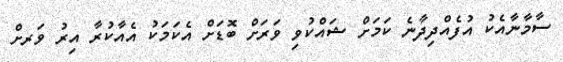
ސާމާނާއެކު އުފެއްދިދާނެ ކަމަށް ޝައްކުވި ވަަރަށް ބޮޑަށް އެކަމަކު އެއާކުރާ އިރު ވަަރށް